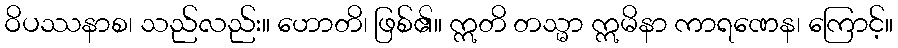
ဝိပဿနာစ၊ သည်လည်း။ ဟောတိ၊ ဖြစ်၏။ ဣတိ တသ္မာ ဣမိနာ ကာရဏေန၊ ကြောင့်။